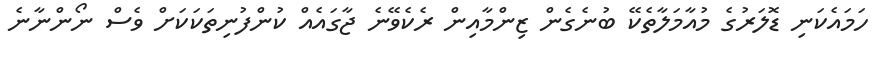
ހަމައެކަނި ޑޮލަރުގެ މުއާމަލާތެކޭ ބުނެގެން ޒިންމާއިން ރެކެވޭނެ ޖާގައެއް ކުންފުނިތަކަކަށް ވެސް ނޯންނާނެ